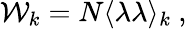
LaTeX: {\cal W}_{k}=N\langle\lambda\lambda\rangle_{k}~,